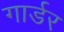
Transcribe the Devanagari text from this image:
गार्डर